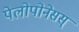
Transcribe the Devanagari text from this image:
पेलोपोनेसस्